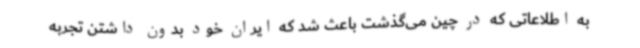
به اطلاعاتی که در چین می‌گذشت باعث شد که ایران خود بدون داشتن تجربه